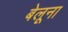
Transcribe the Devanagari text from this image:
बेलूना